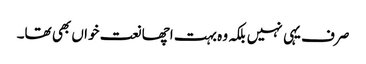
صرف یہی نہیں بلکہ وہ بہت اچھا نعت خواں بھی تھا۔